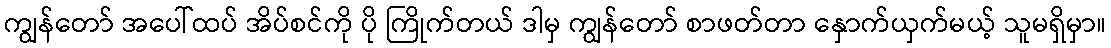
ကျွန်တော် အပေါ်ထပ် အိပ်စင်ကို ပို ကြိုက်တယ် ဒါမှ ကျွန်တော် စာဖတ်တာ နှောက်ယှက်မယ့် သူမရှိမှာ။